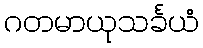
ဂတမာယုသင်္ခယံ